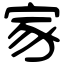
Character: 家